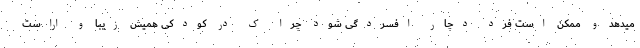
میدهد و ممکن است فرد دچار افسردگی شود چرا ک در کودکی همیش زیبا و اراست